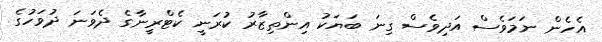
އެހެން ނަމަވެސް އަދިވެސް ގިނަ ބަޔަކު އިންތިޒާރު ކުރަނީ ކެޓްރީނާގެ ދެވަނަ ދުވަހުގެ